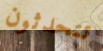
تتحدثون